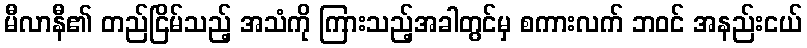
မီလာနီ၏ တည်ငြိမ်သည့် အသံကို ကြားသည့်အခါတွင်မှ စကားလက် ဘဝင် အနည်းငယ်